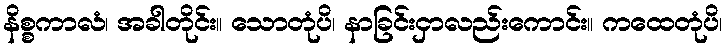
နိစ္စကာလံ၊ အခါတိုင်း။ သောတုံပိ၊ နာခြင်းငှာလည်းကောင်း။ ကထေတုံပိ၊